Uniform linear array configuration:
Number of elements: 12
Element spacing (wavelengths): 0.5
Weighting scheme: uniform
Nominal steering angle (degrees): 0
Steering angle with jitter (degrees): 0.09889
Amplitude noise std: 0.05
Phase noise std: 0.05

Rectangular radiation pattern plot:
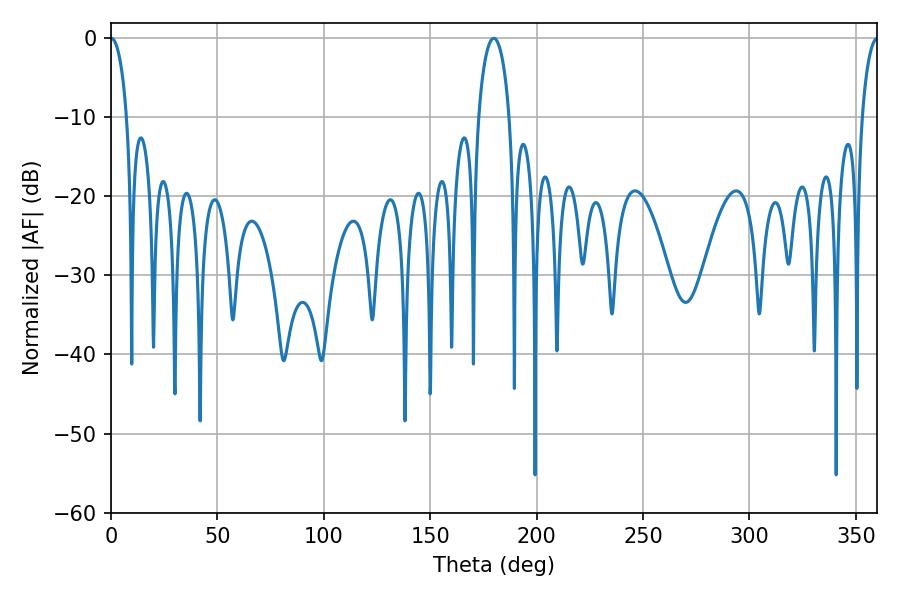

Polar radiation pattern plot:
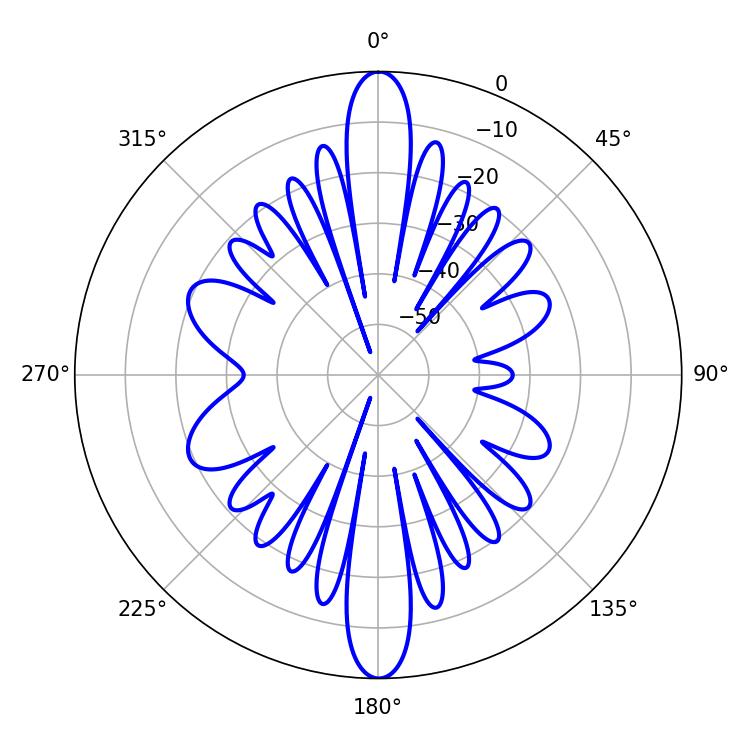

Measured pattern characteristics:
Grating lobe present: FALSE
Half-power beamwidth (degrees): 4.32
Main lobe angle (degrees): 0.18